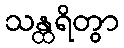
သန္ထရိတွာ